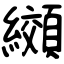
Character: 纐